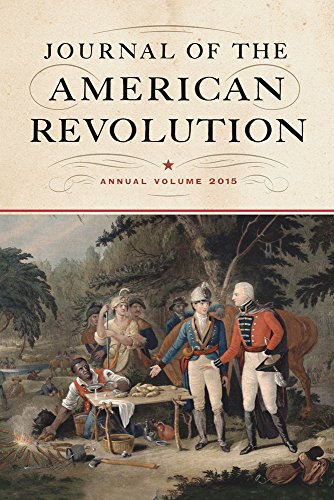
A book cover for Journal of the American Revolution: Annual Volume 2015; History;